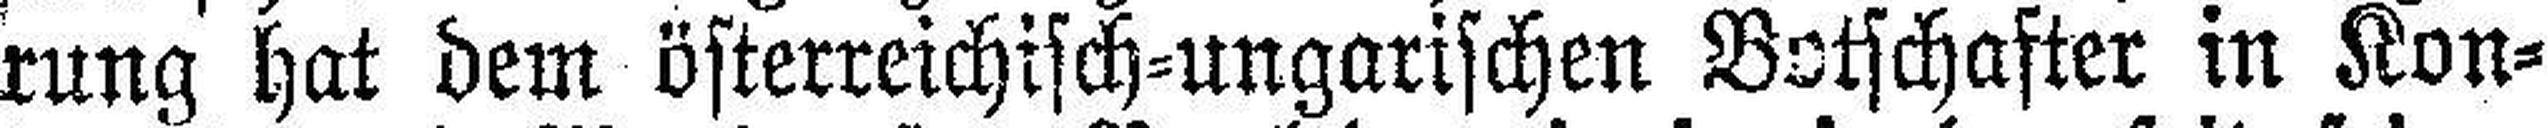
rung hat dem österreichisch=ungarischen Botschafter in Kon¬